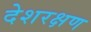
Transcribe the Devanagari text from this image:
देशरक्षण